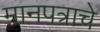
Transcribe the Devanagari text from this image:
मानपत्राचे